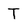
Character: T